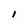
Character: l